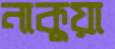
নাকুয়া